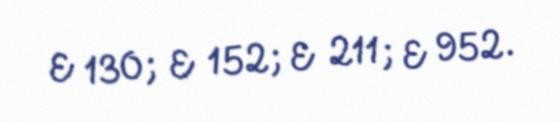
E 130; E 152; E 211; E 952.